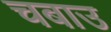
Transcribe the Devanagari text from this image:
चबाउ